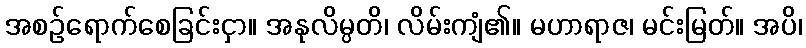
အစဉ်ရောက်စေခြင်းငှာ။ အနုလိမ္ပတိ၊ လိမ်းကျံ၏။ မဟာရာဇ၊ မင်းမြတ်။ အပိ၊